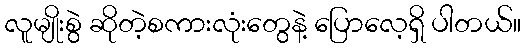
လူမျိုးစွဲ ဆိုတဲ့စကားလုံးတွေနဲ့ ပြောလေ့ရှိ ပါတယ်။